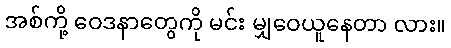
အစ်ကို့ ဝေဒနာတွေကို မင်း မျှဝေယူနေတာ လား။